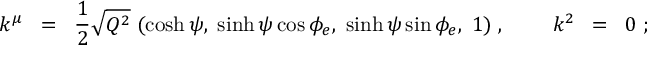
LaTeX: k ^ { \mu } \; \; = \; \; \frac { 1 } { 2 } \sqrt { Q ^ { 2 } } \; ( \cosh \psi , \; \sinh \psi \cos \phi _ { e } , \; \sinh \psi \sin \phi _ { e } , \; 1 ) \; , \; \; \; \; \; \; \; \; k ^ { 2 } \; \; = \; \; 0 \; ;